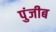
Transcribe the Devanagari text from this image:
पुंजीब